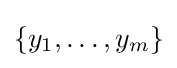
\{y_{1},\dots ,y_{m}\}